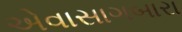
એવાસાગબારા